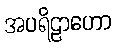
အပရိဠာဟော